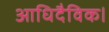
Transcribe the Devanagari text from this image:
आधिदैविक।